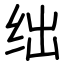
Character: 绌